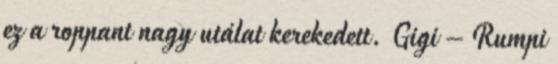
ez a roppant nagy utálat kerekedett. Gigi – Rumpi